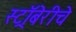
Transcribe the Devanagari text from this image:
स्ट्रॉबेरीचे